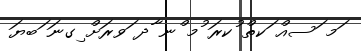
ަމ ަސއް ަކތް ުކރަ ުމ ްނ ާދ ަވރަށް ިގނަ ަބޔަ